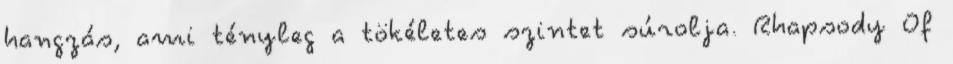
hangzás, ami tényleg a tökéletes szintet súrolja. Rhapsody Of